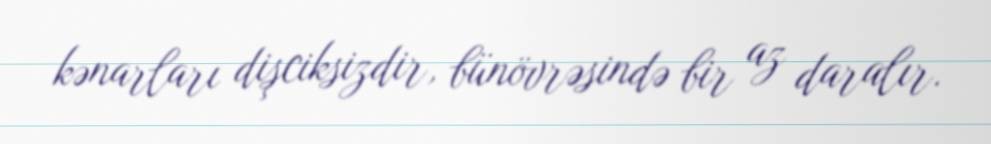
kənarları dişciksizdir, bünövrəsində bir az daralır.